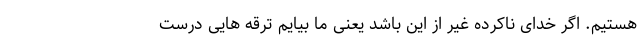
هستیم. اگر خدای ناکرده غیر از این باشد یعنی ما بیایم ترقه هایی درست